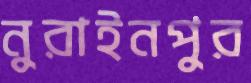
নুরাইনপুর